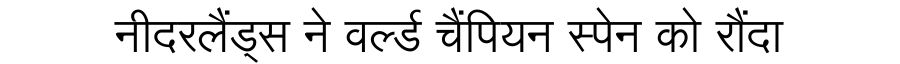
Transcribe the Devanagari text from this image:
नीदरलैंड्स ने वर्ल्ड चैंपियन स्पेन को रौंदा